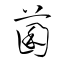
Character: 菌